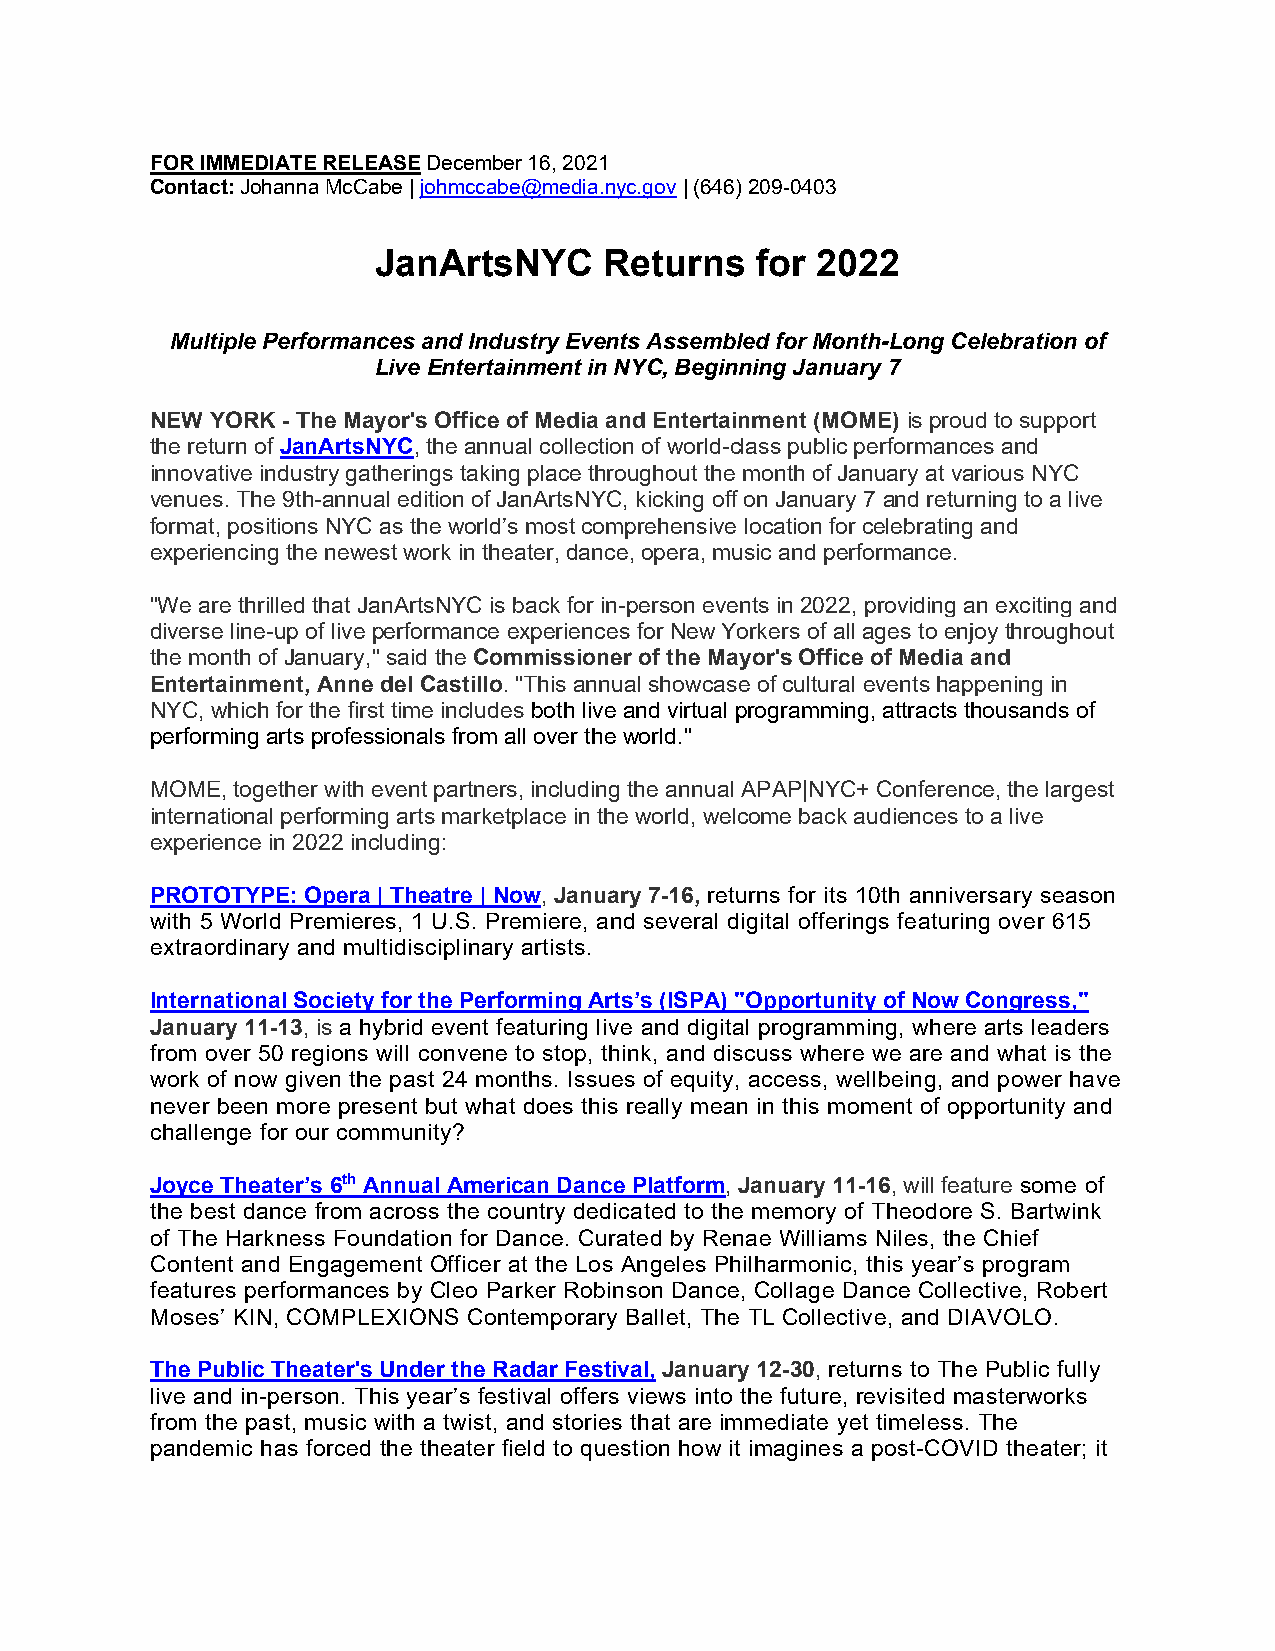
FOR IMMEDIATE RELEASE December 16, 2021
 Contact: Johanna McCabe | johmccabe@media.nyc.gov | (646) 209-0403
 JanArtsNYC     Returns   for 2022
 Multiple Performances and Industry Events Assembled for Month-Long Celebration of
 Live Entertainment in NYC, Beginning January 7
 NEW YORK - The Mayor's Office of Media and Entertainment (MOME) is proud to support
 the return of JanArtsNYC, the annual collection of world-class public performances and
 innovative industry gatherings taking place throughout the month of January at various NYC
 venues. The 9th-annual edition of JanArtsNYC, kicking off on January 7 and returning to a live
 format, positions NYC as the world’s most comprehensive location for celebrating and
 experiencing the newest work in theater, dance, opera, music and performance.
 "We are thrilled that JanArtsNYC is back for in-person events in 2022, providing an exciting and
 diverse line-up of live performance experiences for New Yorkers of all ages to enjoy throughout
 the month of January," said the Commissioner of the Mayor's Office of Media and
 Entertainment, Anne del Castillo. "This annual showcase of cultural events happening in
 NYC, which for the first time includes both live and virtual programming, attracts thousands of
 performing arts professionals from all over the world."
 MOME, together with event partners, including the annual APAP|NYC+ Conference, the largest
 international performing arts marketplace in the world, welcome back audiences to a live
 experience in 2022 including:
 PROTOTYPE: Opera | Theatre | Now, January 7-16, returns for its 10th anniversary season
 with 5 World Premieres, 1 U.S. Premiere, and several digital offerings featuring over 615
 extraordinary and multidisciplinary artists.
 International Society for the Performing Arts’s (ISPA) "Opportunity of Now Congress,"
 January 11-13, is a hybrid event featuring live and digital programming, where arts leaders
 from over 50 regions will convene to stop, think, and discuss where we are and what is the
 work of now given the past 24 months. Issues of equity, access, wellbeing, and power have
 never been more present but what does this really mean in this moment of opportunity and
 challenge for our community?
 Joyce Theater’s 6th Annual American Dance Platform, January 11-16, will feature some of
 the best dance from across the country dedicated to the memory of Theodore S. Bartwink
 of The Harkness Foundation for Dance. Curated by Renae Williams Niles, the Chief
 Content and Engagement Officer at the Los Angeles Philharmonic, this year’s program
 features performances by Cleo Parker Robinson Dance, Collage Dance Collective, Robert
 Moses’ KIN, COMPLEXIONS Contemporary Ballet, The TL Collective, and DIAVOLO.
 The Public Theater's Under the Radar Festival, January 12-30, returns to The Public fully
 live and in-person. This year’s festival offers views into the future, revisited masterworks
 from the past, music with a twist, and stories that are immediate yet timeless. The
 pandemic has forced the theater field to question how it imagines a post-COVID theater; it